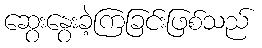
ဆွေးနွေးခဲ့ကြခြင်းဖြစ်သည်